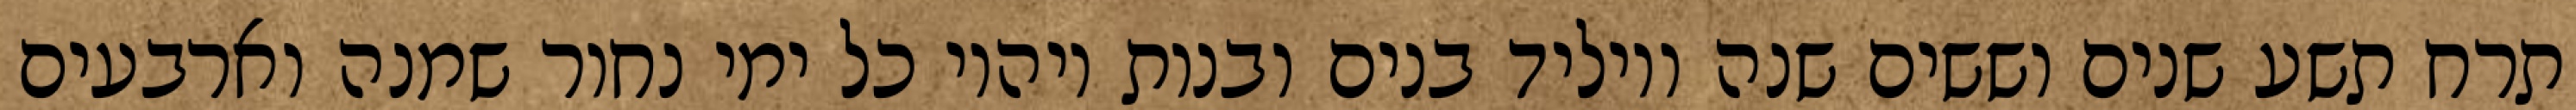
תרח תשע שנים וששים שנה ויוליד בנים ובנות ויהיו כל ימי נחור שמנה וארבעים